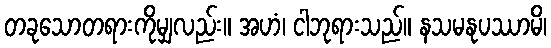
တခုသောတရားကိုမျှလည်း။ အဟံ၊ ငါဘုရားသည်။ နသမနုပဿာမိ၊